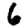
Digit: 6